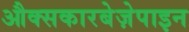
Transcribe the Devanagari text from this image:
औक्सकारबेज़ेपाइन